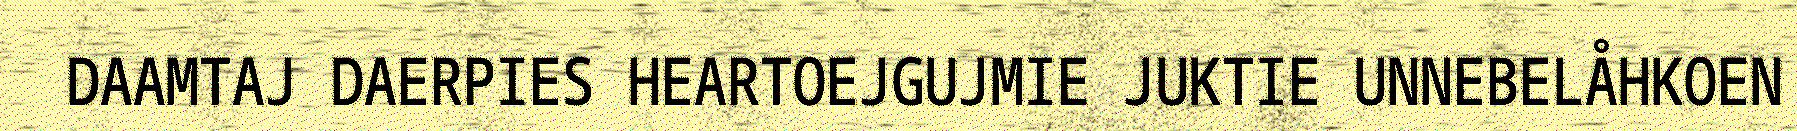
DAAMTAJ DAERPIES HEARTOEJGUJMIE JUKTIE UNNEBELÅHKOEN